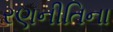
રણનીતિના